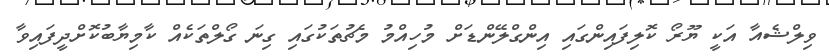
ވިލްޝެއާ އަކީ ޔޫރޯ ކޮލިފައިންގައި އިންގްލޭންޑަށް މުހިއްމު މެޗުތަކުގައި ގިނަ ގޯލްތަކެއް ކާމިޔާބުކޮށްދީފައިވާ